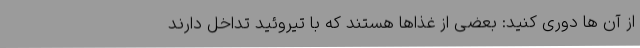
از آن ها دوری کنید: بعضی از غذاها هستند که با تیروئید تداخل دارند